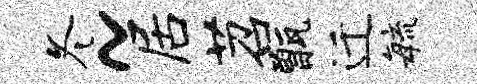
冬~居苕甑迁敏